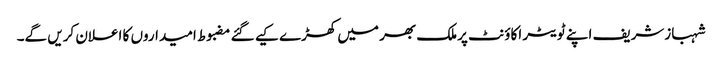
شہبازشریف اپنے ٹویٹر اکاؤنٹ پرملک بھر میں کھڑے کیے گئے مضبوط امیداروں کا اعلان کریں گے۔